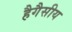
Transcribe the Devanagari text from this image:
हैगैसीय